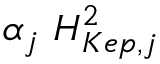
\alpha _ { j } \ { \cal H } _ { K e p , j } ^ { 2 }